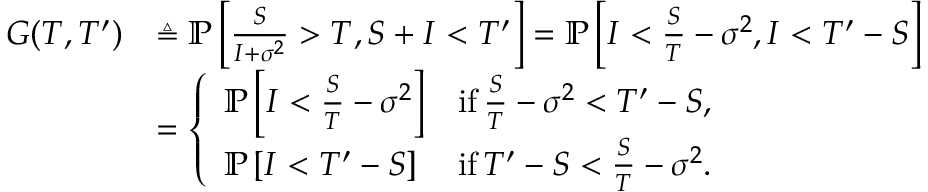
\begin{array} { r l } { G ( T , T ^ { \prime } ) } & { \triangleq \mathbb { P } \left[ \frac { S } { I + \sigma ^ { 2 } } > T , S + I < T ^ { \prime } \right] = \mathbb { P } \left[ I < \frac { S } { T } - \sigma ^ { 2 } , I < T ^ { \prime } - S \right] } \\ & { = \left\{ \begin{array} { l l } { \mathbb { P } \left[ I < \frac { S } { T } - \sigma ^ { 2 } \right] } & { \mathrm { i f } \, \frac { S } { T } - \sigma ^ { 2 } < T ^ { \prime } - S , } \\ { \mathbb { P } \left[ I < T ^ { \prime } - S \right] } & { \mathrm { i f } \, T ^ { \prime } - S < \frac { S } { T } - \sigma ^ { 2 } . } \end{array} \right. } \end{array}